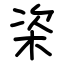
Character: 栥